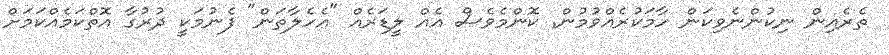
ތެރެއިން ނިކުންނެވިކަން ހާމަކުރެއްވުމުން